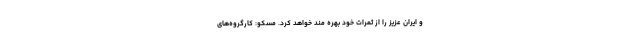
و ایران عزیز را از ثمرات خود بهره مند خواهد کرد. مسکو: کارگروه‌های